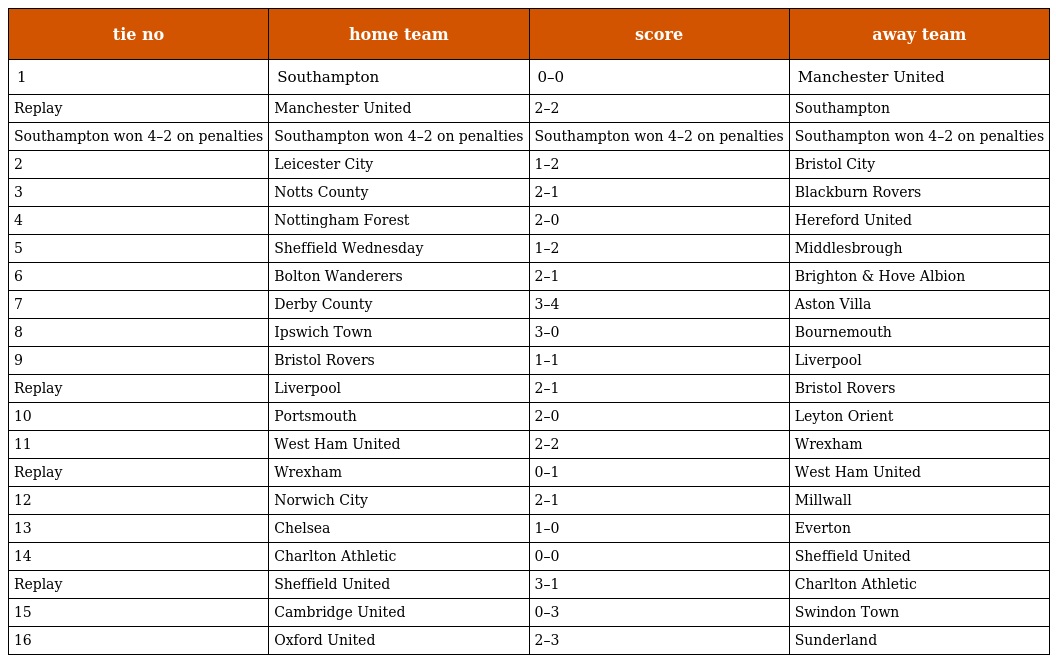
| tie no | home team | score | away team |
 | --- | --- | --- | --- |
 | 1 | Southampton | 0–0 | Manchester United |
 | Replay | Manchester United | 2–2 | Southampton |
 | Southampton won 4–2 on penalties | Southampton won 4–2 on penalties | Southampton won 4–2 on penalties | Southampton won 4–2 on penalties |
 | 2 | Leicester City | 1–2 | Bristol City |
 | 3 | Notts County | 2–1 | Blackburn Rovers |
 | 4 | Nottingham Forest | 2–0 | Hereford United |
 | 5 | Sheffield Wednesday | 1–2 | Middlesbrough |
 | 6 | Bolton Wanderers | 2–1 | Brighton & Hove Albion |
 | 7 | Derby County | 3–4 | Aston Villa |
 | 8 | Ipswich Town | 3–0 | Bournemouth |
 | 9 | Bristol Rovers | 1–1 | Liverpool |
 | Replay | Liverpool | 2–1 | Bristol Rovers |
 | 10 | Portsmouth | 2–0 | Leyton Orient |
 | 11 | West Ham United | 2–2 | Wrexham |
 | Replay | Wrexham | 0–1 | West Ham United |
 | 12 | Norwich City | 2–1 | Millwall |
 | 13 | Chelsea | 1–0 | Everton |
 | 14 | Charlton Athletic | 0–0 | Sheffield United |
 | Replay | Sheffield United | 3–1 | Charlton Athletic |
 | 15 | Cambridge United | 0–3 | Swindon Town |
 | 16 | Oxford United | 2–3 | Sunderland |